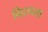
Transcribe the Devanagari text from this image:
निरुपना